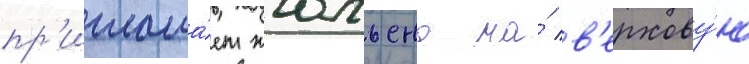
пр'иглаша́ет жюльена на́ в'ерхову́ю